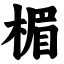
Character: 楣